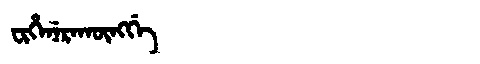
Manchu: ᠸᡳᡥᡝᠨᡝᡵᠠᡴᡡᠩᡤᡝ
Romanization: FIHENERAKŪNGGE